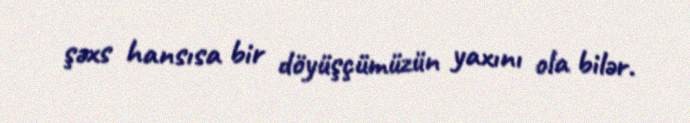
şəxs hansısa bir döyüşçümüzün yaxını ola bilər.